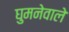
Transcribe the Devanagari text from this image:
घुमनेवाले